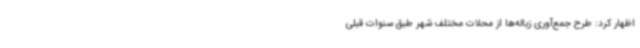
اظهار کرد: طرح جمع‌آوری زباله‌ها از محلات مختلف شهر طبق سنوات قبلی